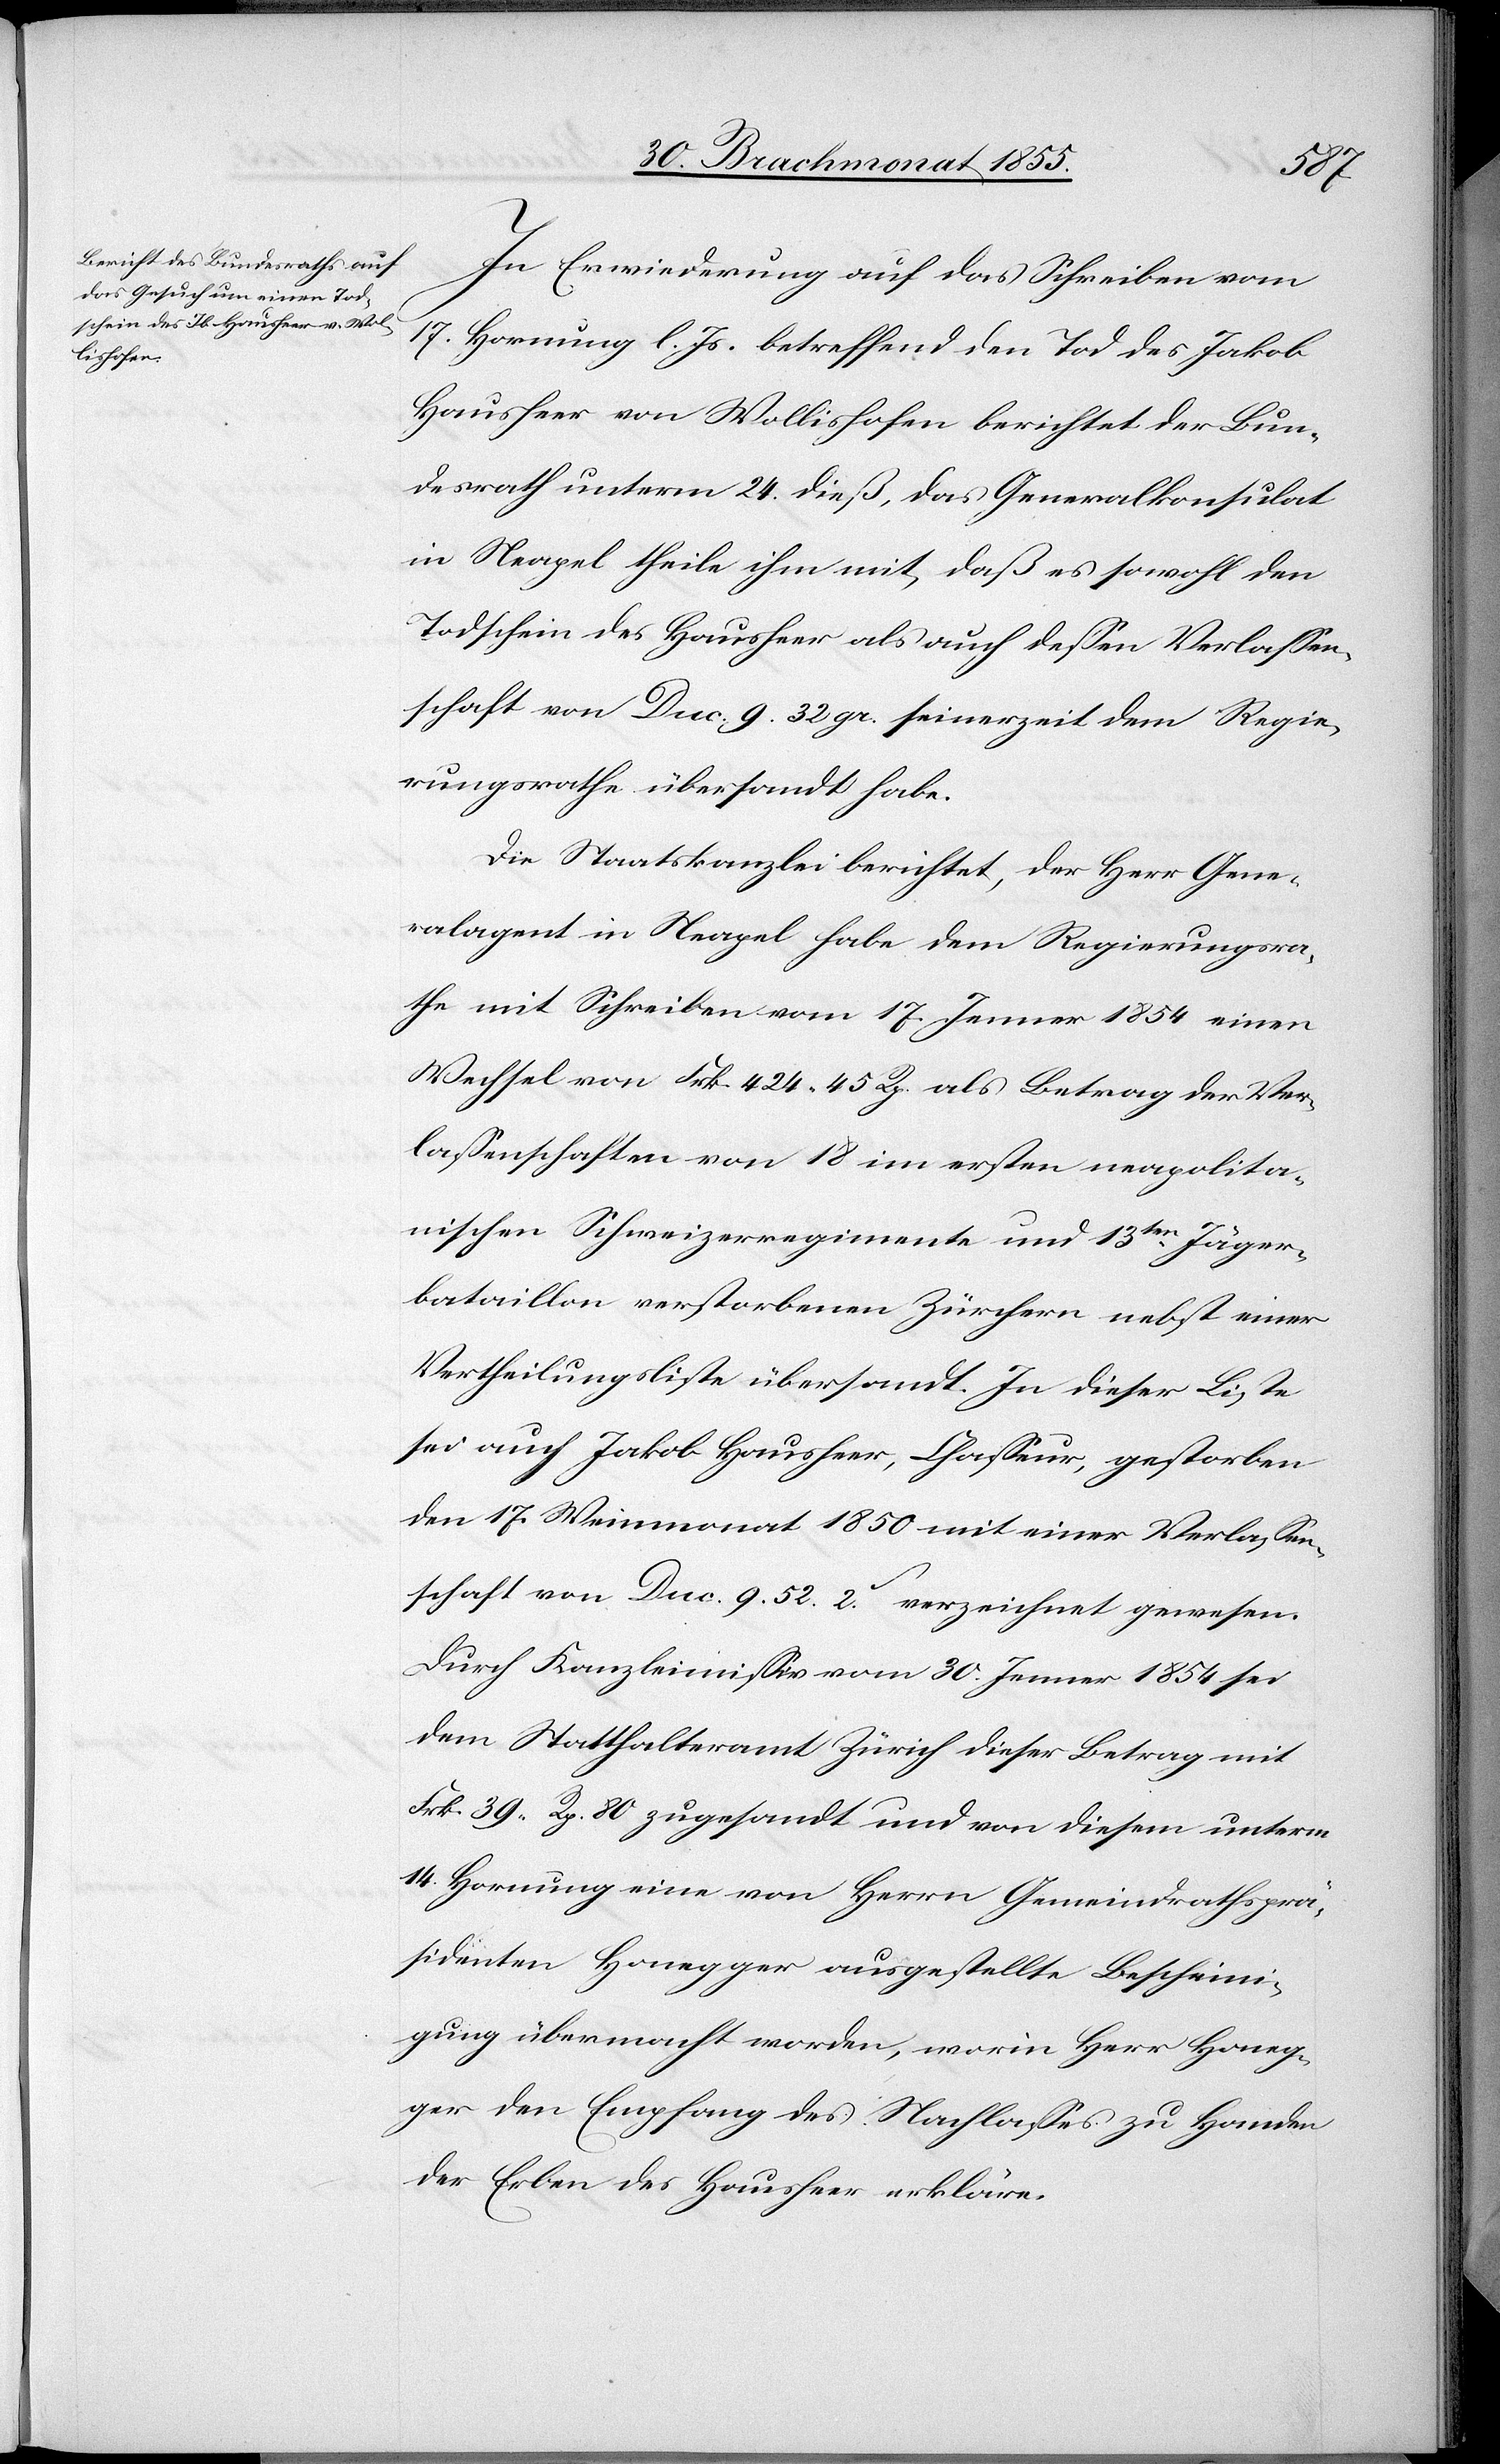
In Erwiederung auf das Schreiben vom
17. Hornung l. Js. betreffend den Tod des Jakob
Hausheer von Wollishofen berichtet der Bun¬
desrath unterm 24. dieß, das Generalkonsulat
in Neapel theile ihm mit, daß es sowohl den
Todschein des Hausheer als auch dessen Verlassen¬
schaft von Duc. 9. 32 gr. seinerzeit dem Regie¬
rungsrathe übersandt habe.
Die Staatskanzlei berichtet, der Herr Gene¬
ralagent in Neapel habe dem Regierungsra¬
the mit Schreiben vom 17. Jenner 1854 einen
Wechsel von Frk. 424. 45 Rp. als Betrag der Ver¬
lassenschaften von 18 im ersten neapolita¬
nischen Schweizerregimente und 13ten Jäger¬
bataillon verstorbenen Zürchern nebst einer
Vertheilungsliste übersandt. In dieser Liste
sei auch Jakob Hausheer, Chasseur, gestorben
den 17. Weinmonat 1850 mit einer Verlassen¬
schaft von Duc. 9. 52. 2.S verzeichnet gewesen.
Durch Kanzleimissiv vom 30. Jenner 1854 sei
dem Statthalteramt Zürich dieser Betrag mit
Frk. 39. Rp. 80 zugesandt und von diesem unterm
14. Hornung eine von Herrn Gemeindrathsprä¬
sidenten Honegger ausgestellte Bescheini¬
gung übermacht worden, worin Herr Honeg¬
ger den Empfang des Nachlasses zu Handen
der Erben des Hausheer erkläre.